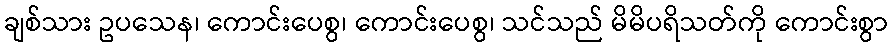
ချစ်သား ဥပသေန၊ ကောင်းပေစွ၊ ကောင်းပေစွ၊ သင်သည် မိမိပရိသတ်ကို ကောင်းစွာ